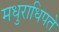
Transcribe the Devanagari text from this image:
मधुराधिपते